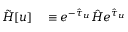
\begin{array} { r l } { \tilde { H } [ u ] } & { { } \equiv e ^ { - \hat { \tau } _ { u } } \hat { H } e ^ { \hat { \tau } _ { u } } } \end{array}